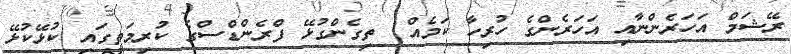
ރޭޝަމް އަހަރެންނާއި އަހަރެންގެ ހުރިހާ ކަމެއް  ތިގެންގުޅޭ ފްރެންޑްސްގެ ކުރިމަތީގައި ކުޅޭކުޅޭ